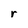
Character: r